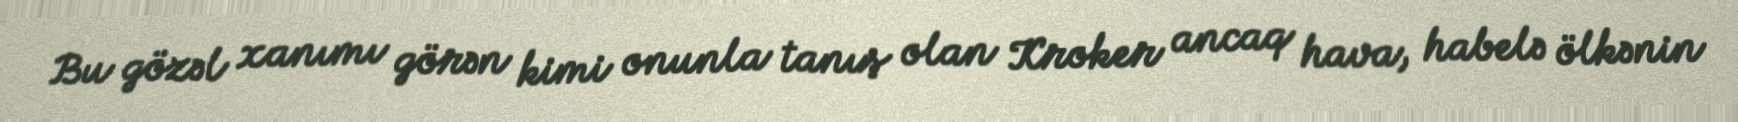
Bu gözəl xanımı görən kimi onunla tanış olan Kroker ancaq hava, habelə ölkənin